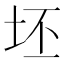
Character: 坯